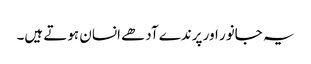
یہ جانور اور پرندے آدھے انسان ہوتے ہیں۔